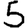
Digit: 5